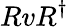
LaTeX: RvR^{\dagger}